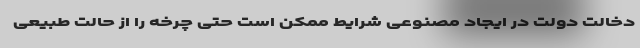
دخالت دولت در ایجاد مصنوعی شرایط ممکن است حتی چرخه را از حالت طبیعی